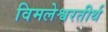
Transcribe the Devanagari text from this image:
विमलेश्वरतीर्थ